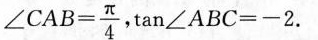
$$∠ C A B = \frac { π } { 4 }$$ $$\tan ∠ A B C = - 2$$.